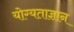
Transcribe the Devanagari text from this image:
योग्यताज्ञान